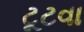
ટૂટવા